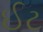
ઈટ